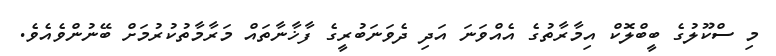
މި ސްކޫލުގެ ބީބްލޮކް އިމާރާތުގެ އެއްވަނަ އަދި ދެވަނަބުރީގެ ފާޚާނާތައް މަރާމާތުކުރުމަށް ބޭނުންވެއެވެ.